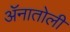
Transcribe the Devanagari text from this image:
ॲनातोली